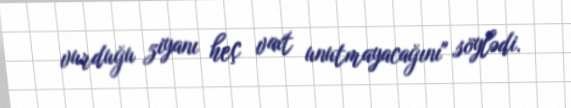
vurduğu ziyanı heç vaxt unutmayacağını" söylədi.